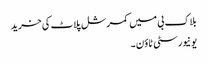
بلاک بی میں کمرشل پلاٹ کی خرید
یونیورسٹی ٹاؤن ۔